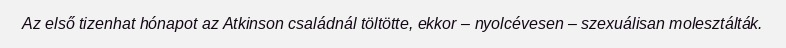
Az első tizenhat hónapot az Atkinson családnál töltötte, ekkor – nyolcévesen – szexuálisan molesztálták.